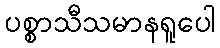
ပစ္စာသီသမာနရူပေါ